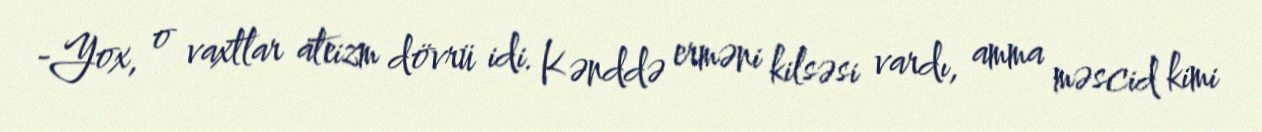
-Yox, o vaxtlar ateizm dövrü idi. Kənddə erməni kilsəsi vardı, amma məscid kimi